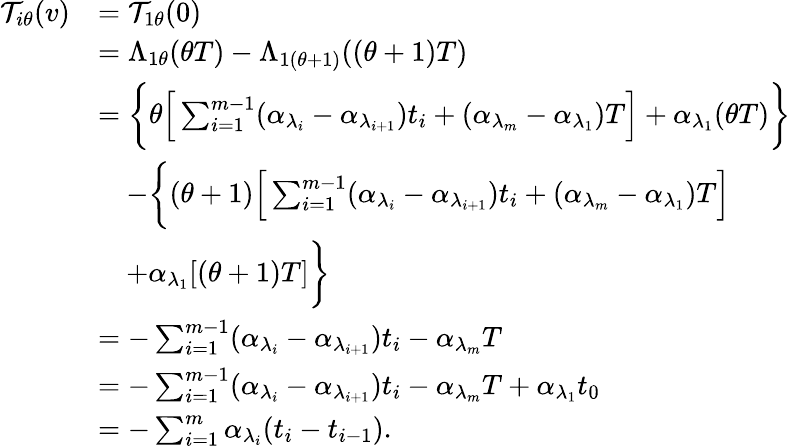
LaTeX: \begin{array}{rl}{\mathcal{T}_{i\theta}(v)}&{=\mathcal{T}_{1\theta}(0)}\\ &{=\Lambda_{1\theta}(\theta T)-\Lambda_{1(\theta+1)}((\theta+1)T)}\\ &{=\bigg\{ \theta\Big[\sum_{i=1}^{m-1}(\alpha_{\lambda_{i}}-\alpha_{\lambda_{i+1}})t_{i}+(\alpha_{\lambda_{m}}-\alpha_{\lambda_{1}})T\Big]+\alpha_{\lambda_{1}}(\theta T)\bigg\} }\\ &{\quad-\bigg\{ (\theta+1)\Big[\sum_{i=1}^{m-1}(\alpha_{\lambda_{i}}-\alpha_{\lambda_{i+1}})t_{i}+(\alpha_{\lambda_{m}}-\alpha_{\lambda_{1}})T\Big]}\\ &{\quad+\alpha_{\lambda_{1}}[(\theta+1)T]\bigg\} }\\ &{=-\sum_{i=1}^{m-1}(\alpha_{\lambda_{i}}-\alpha_{\lambda_{i+1}})t_{i}-\alpha_{\lambda_{m}}T}\\ &{=-\sum_{i=1}^{m-1}(\alpha_{\lambda_{i}}-\alpha_{\lambda_{i+1}})t_{i}-\alpha_{\lambda_{m}}T+\alpha_{\lambda_{1}}t_{0}}\\ &{=-\sum_{i=1}^{m}\alpha_{\lambda_{i}}(t_{i}-t_{i-1}).}\end{array}